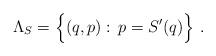
LaTeX: \begin{align*}\Lambda_S=\Big\{(q,p):\,p=S'(q)\Big\} \ .\end{align*}